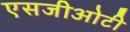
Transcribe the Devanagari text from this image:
एसजीओटी